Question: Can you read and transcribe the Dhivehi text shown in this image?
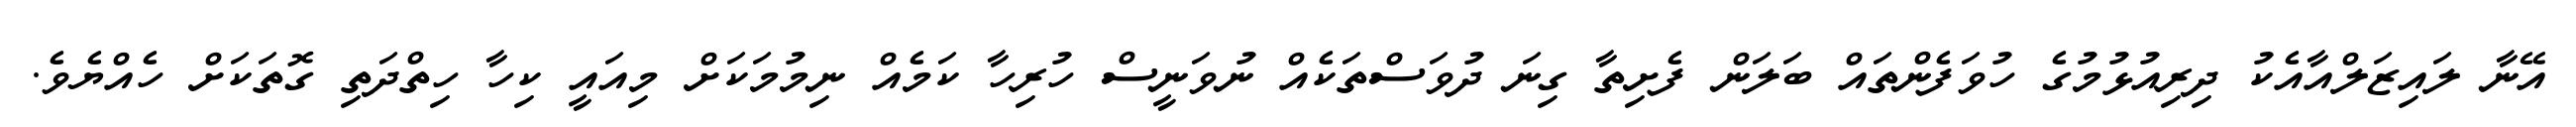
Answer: އޭނާ ލައިޒަލްއާއެކު ދިރިއުޅުމުގެ ހުވަފެންތައް ބަލަން ފެށިތާ ގިނަ ދުވަސްތަކެއް ނުވަނީސް ހުރިހާ ކަމެއް ނިމުމަކަށް މިއައީ ކިހާ ހިތްދަތި ގޮތަކަށް ހެއްޔެވެ.